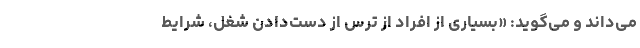
می‌داند و می‌گوید: «بسیاری از افراد از ترس از دست‌دادن شغل، شرایط